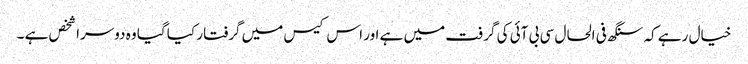
خیال رہے کہ سنگھ فی الحال سی بی آئی کی گرفت میں ہے اور اس کیس میں گرفتار کیا گیا وہ دوسرا شخص ہے ۔